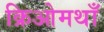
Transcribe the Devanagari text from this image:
क्रिओमथाँ